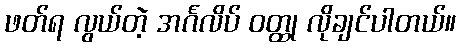
ဖတ်ရ လွယ်တဲ့ အင်္ဂလိပ် ဝတ္ထု လိုချင်ပါတယ်။